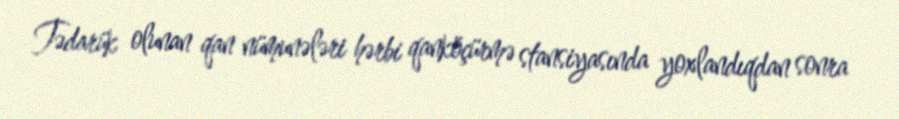
Tədarük olunan qan nümunələri hərbi qanköçürmə stansiyasında yoxlandıqdan sonra